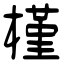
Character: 槿